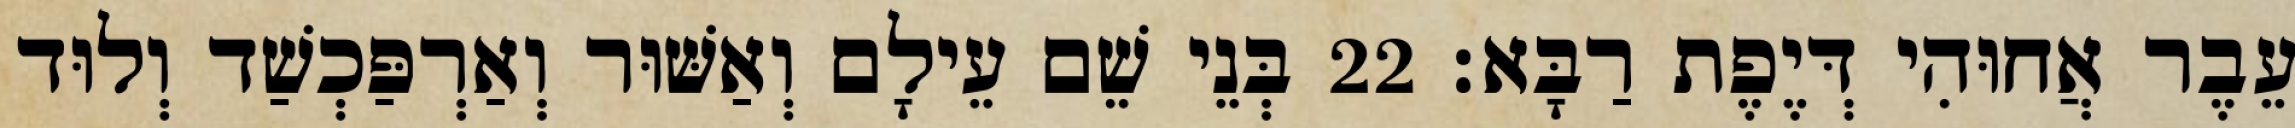
עֵבֶר אֲחוּהִי דְּיֶפֶת רַבָּא׃ 22 בְּנֵי שֵׁם עֵילָם וְאַשּׁוּר וְאַרְפַּכְשַׁד וְלוּד